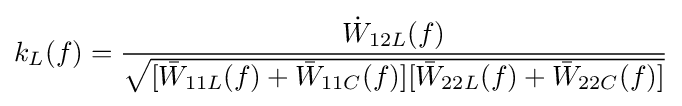
k_{L}(f)={\frac {{\dot {W}}_{12L}(f)}{\sqrt {[{\bar {W}}_{11L}(f)+{\bar {W}}_{11C}(f)][{\bar {W}}_{22L}(f)+{\bar {W}}_{22C}(f)]}}}